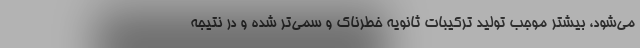
می‌شود، بیشتر موجب تولید ترکیبات ثانویه خطرناک و سمی‌تر شده و در نتیجه